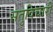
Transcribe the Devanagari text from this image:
सतुविचारी